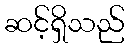
ဆင့်ရှိသည်